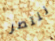
ننتصر